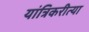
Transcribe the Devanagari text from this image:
यांत्रिकरीत्या